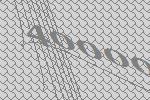
40000